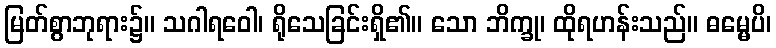
မြတ်စွာဘုရား၌။ သဂါရဝေါ၊ ရိုသေခြင်းရှိ၏။ သော ဘိက္ခု၊ ထိုရဟန်းသည်။ ဓမ္မေပိ၊